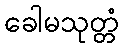
ခေါမသုတ္တံ